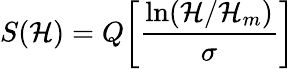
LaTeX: S(\mathcal{H})=Q\biggl[\frac{{\ln(\mathcal{H}/\mathcal{H}_{m})}}{{\sigma}}\biggr]